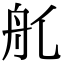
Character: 𦨊